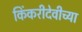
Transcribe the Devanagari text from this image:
किंकरीदेवीच्या